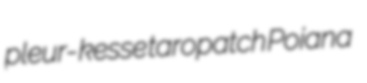
pleur- kesse taropatch Poiana